Annual statistical returns and brief notes on vaccination in Bengal - 1896-1909
Year: 1896
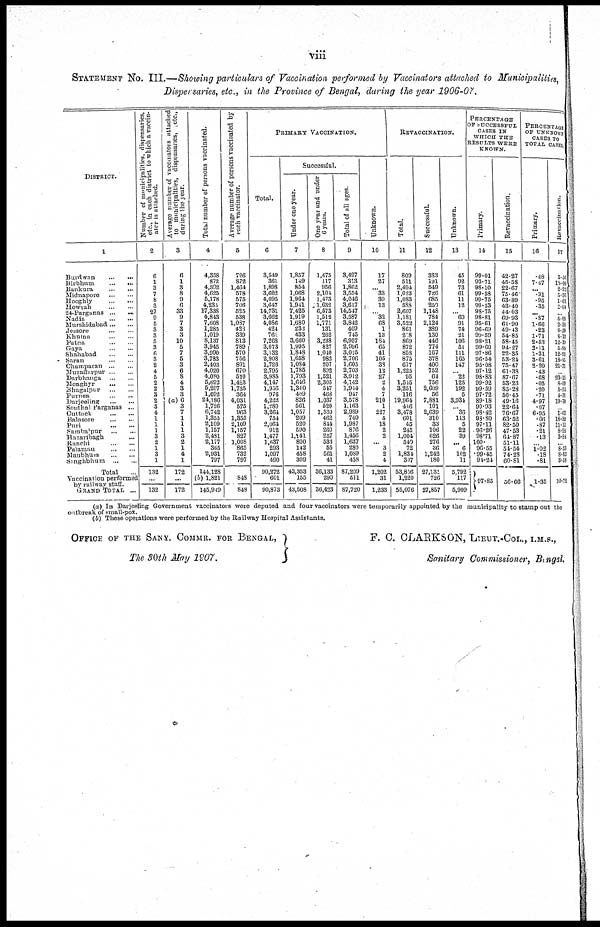
viii
STATEMENT No. III.—Showing particulars of Vaccination performed by Vaccinators attached to Municipalities,
Dispensaries, etc., in the Province of Bengal, during the year 1906-07.
DISTRICT.
1
Burdwan
...
...
Birbhum
...
...
Bankura
...
...
Midnapore
... ...
Hooghly
...
...
Howrah
...
...
24-Parganas ...
...
Nadia
...
...
Murshidabad ...
...
Jessore
...
...
Khutna
...
...
Patna
...
...
Gaya
...
...
Shahabad
...
...
Saran
...
...
Champaran ...
...
Muzaffarpur
...
...
Darbhanga
... ...
Monghyr
...
...
Bhagalpur
...
...
Purnea ... ...
Darjeeling
...
...
Sonthal Parganas ...
Cuttack
...
...
Balasore
...
...
Puri
...
...
Sambalpur
...
...
Hazaribagh
...
Ranchi
...
...
Palamau
...
...
Manbhum
...
...
Singhbhum
...
...
Total ...
Vaccination performed
by railway staff.
GRAND TOTAL ...
Number of municipalities, dispensaries,
etc., in each district to which a vaccin-
ator is attached.
2
6
1
3
7
8
3
27
9
5
3
3
5
3
6
3
2
4
5
2
2
3
2
3
4
1
1
1
3
2
1
3
1
132
...
132
Average number of vaccinators attached
to municipalities, dispensaries,
etc.,
during the year.
3
6
1
3
8
9
6
33
9
7
3
3
10
5
7
5
3
6
8
4
3
3
(a)6
3
7
1
1
1
3
2
1
4
1
172
...
172
Total number of persons vaccinated.
4
4,358
872
4,392
4,625
5,178
4,235
17,338
4,843
7,608
1,285
1,019
8,137
3,945
3,990
3,783
2,403
4,020
4,080
5,692
5,207
1,092
24,186
1,726
6,742
1,355
2,109
1,157
2,481
2,177
365
2,931
797
144,128
(b) 1,821
145,949
Average number of persons vaccinated by
each vaccinator.
5
726
872
1,464
578
575
706
525
538
1,037
423
339
813
789
570
756
801
670
510
1,423
1,735
364
4,031
575
963
1,355
2,109
1,157
827
1,008
865
732
797
...
848
848
PRIMARY VACCINATION.
Total.
6
3,549
361
1,898
3,602
4,095
3,647
14,731
3,662
4,086
424
761
7,268
3,073
3,132
2,908
1,726
2,795
3,985
4,147
1,956
976
4,222
1,280
3,264
754
2,064
912
1,477
1,637
293
1,097
490
90,272
601
90,873
Successful.
Under one year.
7
1,857
149
854
1,068
1,964
1,941
7,425
1,919
1,680
232
433
3,660
1,995
1,848
1,658
1,084
1,785
1,793
1,646
1,340
409
826
561
1,057
209
520
590
1,141
800
142
458
309
43,353
155
43,508
One year and under
6 years.
8
1,475
117
956
2,104
1,473
1,632
6,573
1,512
1,771
131
262
3,238
827
1,040
982
207
892
1,521
2,305
547
468
1,037
520
1,530
462
844
260
257
533
55
561
41
36,133
290
36,423
Total of all ages.
9
3,497
313
1,862
3,554
4,046
3,617
14,547
3,587
3,842
409
745
6,957
2,996
3,025
2,706
1,605
2,703
3,912
4,142
1,944
947
3,578
1,163
2,989
740
1,987
876
1,456
1,637
280
1,089
458
87,209
511
87,720
Unknown.
10
17
27
... 33
39
13
... 32
68
1
13
184
65
41
105
38
12
27
2
4
7
210
1
227
5
18
2
2
... 3
2
4
1,202
31
1,233
REVACCINATION.
Total.
11
809
511
2,494
1,023
1,083
588
2,607
1,181
3,522
861
218
869
872
858
875
677
1,225
95
1,545
3,251
116
19,964
446
3,478
601
45
245
1,004
549
72
1,834
307
53,866
1,220
55,076
Successful.
12
323
191
549
726
685
250
1,148
784
2,124
389
130
446
774
167
378
400
752
64
756
2,609
56
7,881
101
2,639
310
33
106
626
276
36
1,242
180
27,131
726
27,857
Unknown.
13
45
92
73
61
11
12
... 60
91
74
21
106
51
111
165
147
... 22
125
192
5
3,934
... 36
113
5
22
39
... 6
162
11
5,792
117
5,909
PERCENTAGE
OF SUCCESSFUL
CASES IN
WHICH THE
RESULTS WERE
KNOWN.
Primary.
14
99.01
93.71
98.10
99.58
99.75
99.53
98.75
98.81
95.61
96.69
99.59
98.21
99.60
97.86
96.54
95.08
97.12
98.83
99.92
99.59
97.72
89.18
90.93
98.42
98.80
97.11
96.26
98.71
100.
96.55
99.45
94.24
97.85
Revaccination.
15
42.27
45.58
22.67
75.46
63.89
43.40
44.03
69.93
61.90
49.43
54.85
58.45
94.27
22.35
53.24
75.47
61.38
87.67
53.23
85.28
50.45
49.16
22.64
76.67
63.52
82.50
47.53
64.87
51.11
54.54
74.28
60.81
56.66
PERCENTAGE
OF UNKNOWN
CASES TO
TOTAL CASES.
Primary.
16
.48
7.47
... .91
.95
.35
... .87
1.66
.23
1.71
2.53
2.11
1.31
3.61
2.20
.43
.68
.05
.20
.71
4.97
.07
6.95
.66
.87
.21
.13
... 1.02 .18
.81
1.35
Revaccination.
17
5.56
18.00
2.92
5.96
1.01
2.04
...
5.08
2.58
3.59
8.13
12.19
5.84
12.93
18.85
21.71
23.15
8.09
5.90
4.31
19.70
... 1.06
18.80
11.11
8.98
3.88
... 3.33
8.83
3.58
10.72
(a) In Darjeeling Government vaccinators were deputed and four vaccinators were temporarily appointed by the municipality to stamp out the
outbreak of small-pox.
(b) These operations were performed by the Railway Hospital Assistants.
OFFICE OF THE SANY. COMMR. FOR BENGAL,
The 30th May 1907.
F. C. CLARKSON, LIEUT.-COL., I.M.S.,
Sanitary Commissioner, Bengal.